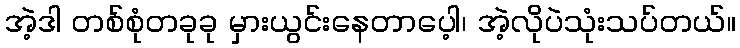
အဲ့ဒါ တစ်စုံတခုခု မှားယွင်းနေတာပေ့ါ၊ အဲ့လိုပဲသုံးသပ်တယ်။